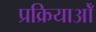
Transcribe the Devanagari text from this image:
प्रक्रियाओँ